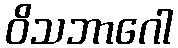
ဝိသဘာဂေါ